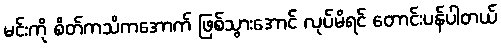
မင်းကို စိတ်ကသိကအောက် ဖြစ်သွားအောင် လုပ်မိရင် တောင်းပန်ပါတယ်